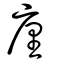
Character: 廛